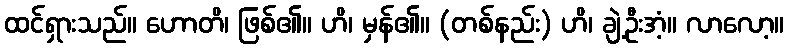
ထင်ရှားသည်။ ဟောတိ၊ ဖြစ်၏။ ဟိ၊ မှန်၏။ (တစ်နည်း) ဟိ၊ ချဲ့ဦးအံ့။ လာလော့။